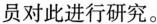
员对此进行研究。